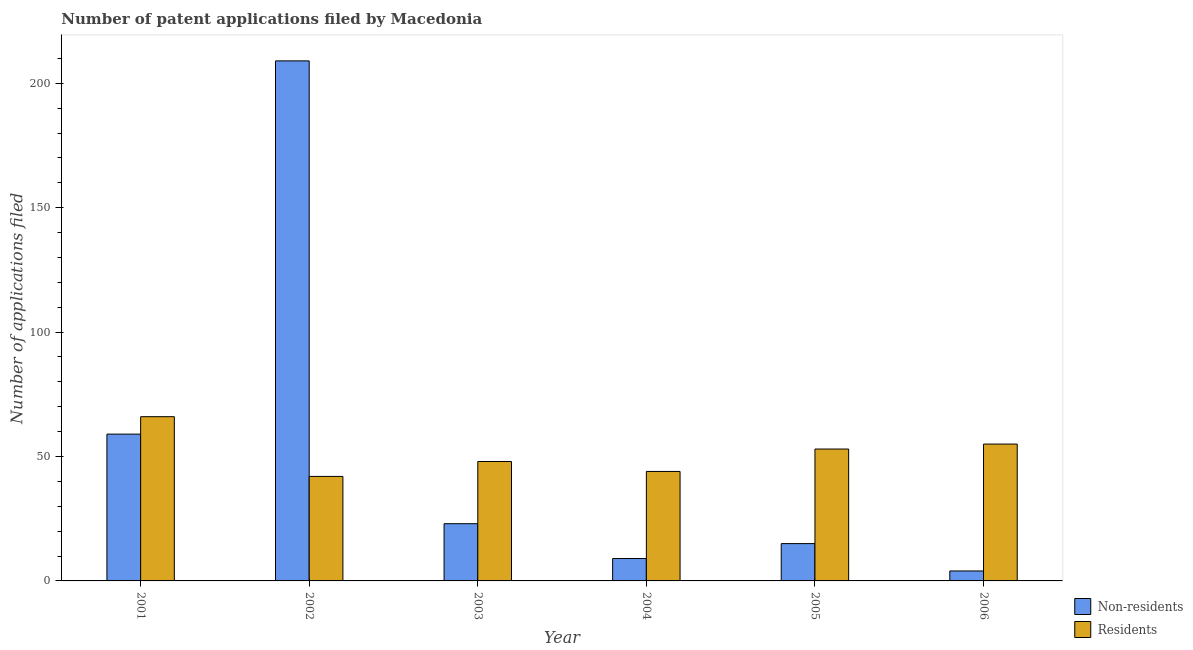
| Year | Non-residents | Residents |
 | --- | --- | --- |
 | 2001 | 59 | 66 |
 | 2002 | 209 | 42 |
 | 2003 | 23 | 48 |
 | 2004 | 9 | 44 |
 | 2005 | 15 | 53 |
 | 2006 | 4 | 55 |